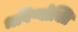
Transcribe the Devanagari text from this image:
भविष्योक्ति